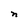
Character: n